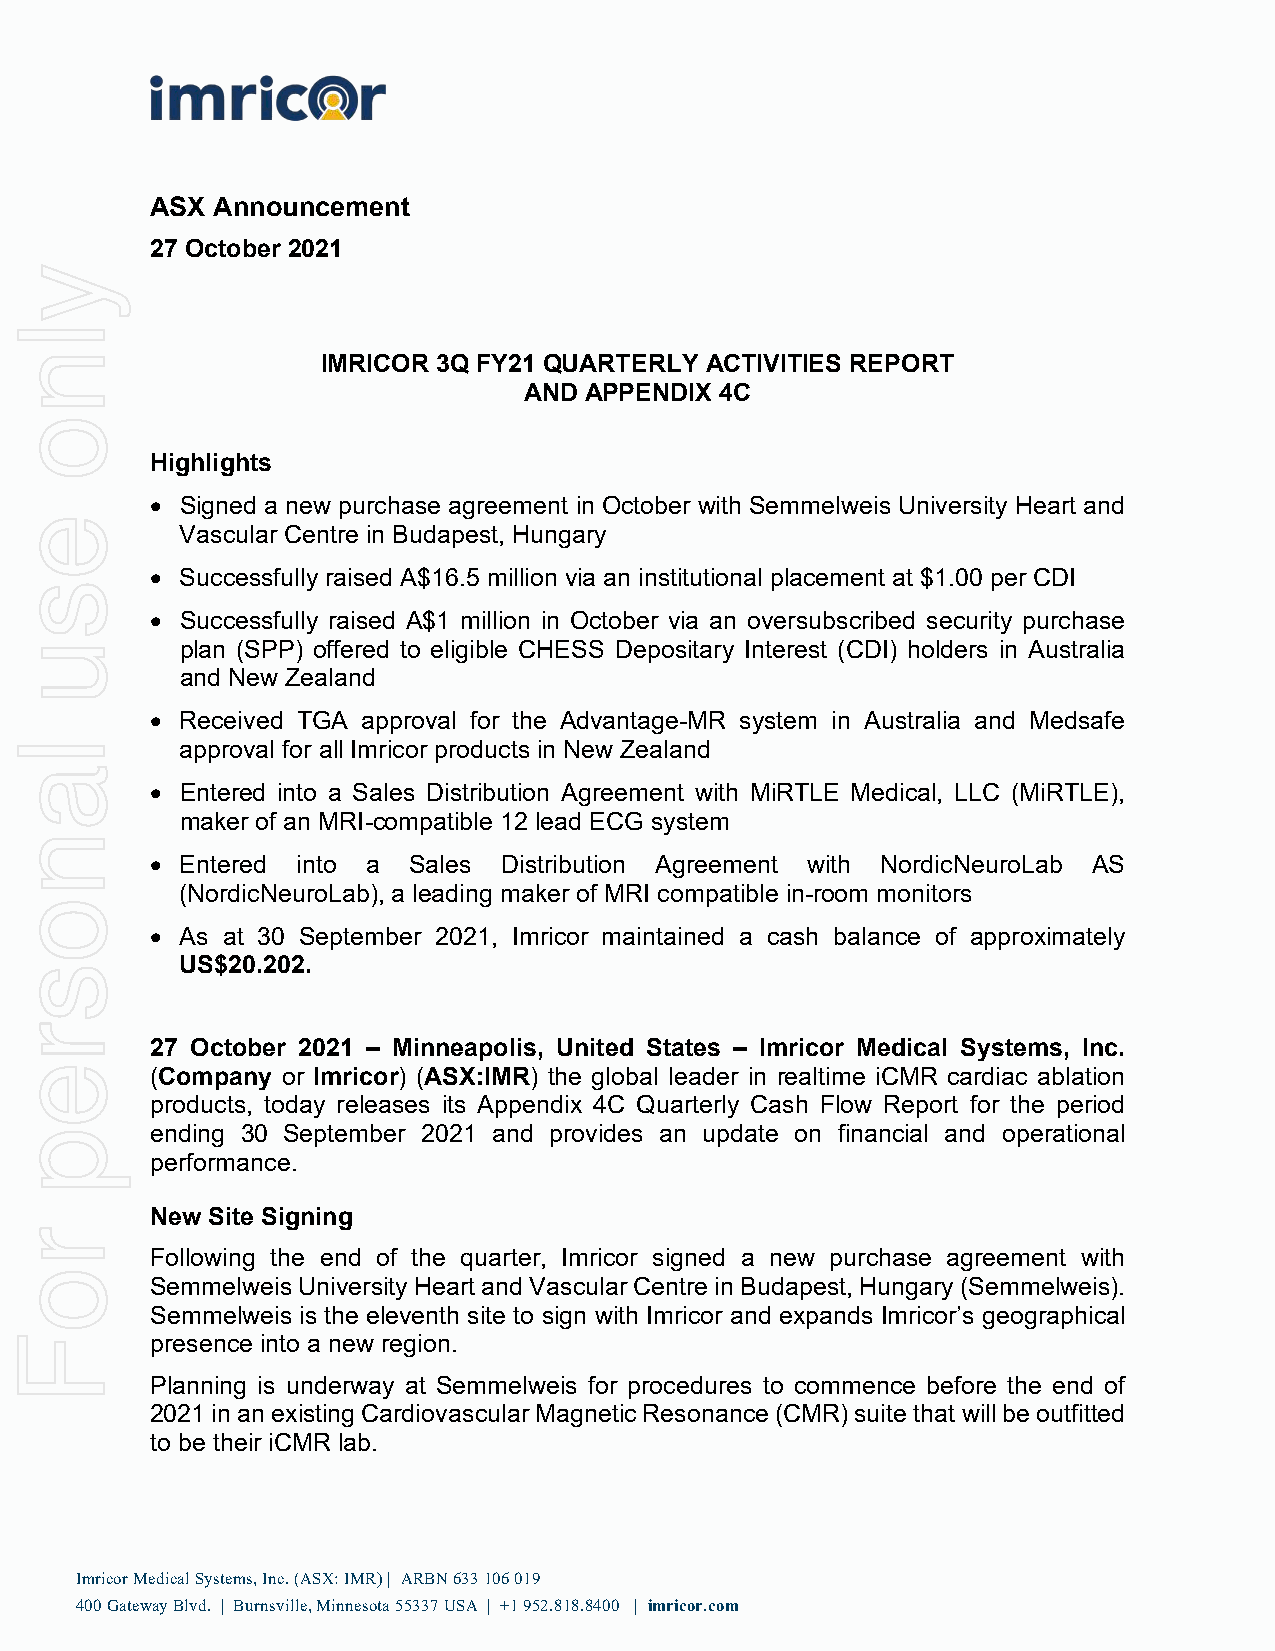
ASX Announcement
 27 October 2021
 IMRICOR 3Q FY21 QUARTERLY ACTIVITIES REPORT
 AND APPENDIX 4C
 Highlights
 • Signed a new purchase agreement in October with Semmelweis University Heart and
 Vascular Centre in Budapest, Hungary
 • Successfully raised A$16.5 million via an institutional placement at $1.00 per CDI
 • Successfully raised A$1 million in October via an oversubscribed security purchase
 plan (SPP) offered to eligible CHESS Depositary Interest (CDI) holders in Australia
 and New Zealand
 • Received TGA approval for the Advantage-MR system in Australia and Medsafe
 approval for all Imricor products in New Zealand
 • Entered into a Sales Distribution Agreement with MiRTLE Medical, LLC (MiRTLE),
 maker of an MRI-compatible 12 lead ECG system
 • Entered into a Sales Distribution Agreement with NordicNeuroLab AS
 (NordicNeuroLab), a leading maker of MRI compatible in-room monitors
 • As at 30 September 2021, Imricor maintained a cash balance of approximately
 US$20.202.
 27 October 2021 – Minneapolis, United States – Imricor Medical Systems, Inc.
 (Company or Imricor) (ASX:IMR) the global leader in realtime iCMR cardiac ablation
 products, today releases its Appendix 4C Quarterly Cash Flow Report for the period
 ending 30 September 2021 and provides an update on financial and operational
 performance.
 New Site Signing
 Following the end of the quarter, Imricor signed a new purchase agreement with
 Semmelweis University Heart and Vascular Centre in Budapest, Hungary (Semmelweis).
 Semmelweis is the eleventh site to sign with Imricor and expands Imricor’s geographical
 presence into a new region.
 Planning is underway at Semmelweis for procedures to commence before the end of
 2021 in an existing Cardiovascular Magnetic Resonance (CMR) suite that will be outfitted
 to be their iCMR lab.
 Imricor Medical Systems, Inc. (ASX: IMR) | ARBN 633 106 019
 400 Gateway Blvd. | Burnsville, Minnesota 55337 USA | +1 952.818.8400 | imricor.com
 ylno
 esu
 lanosrep
 roF